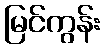
မြင်ကွန်း